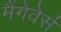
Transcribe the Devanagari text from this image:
मैंगेवेर्स